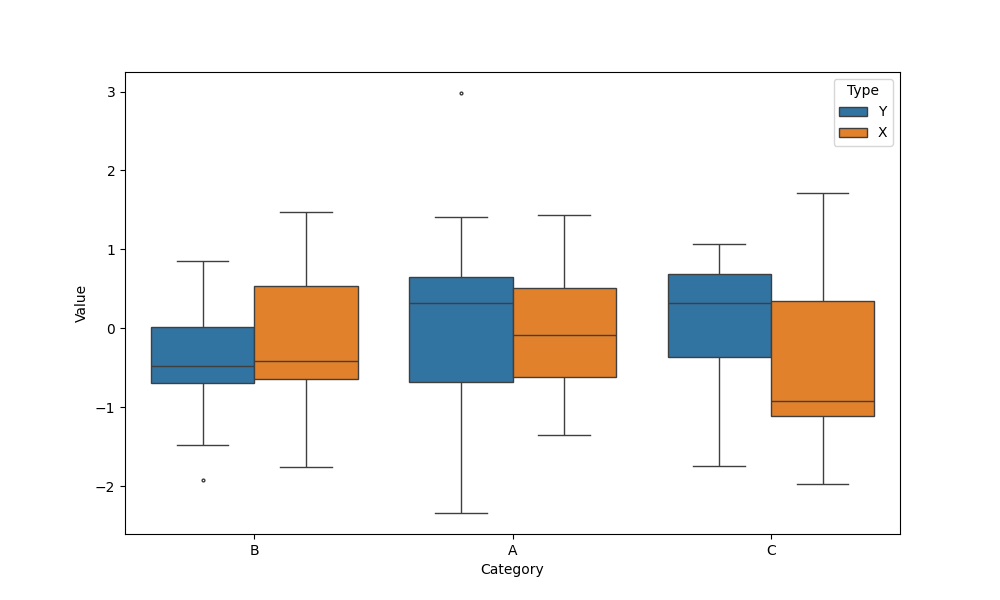
python, seaborn, boxplot, width=0.8, linewidth=1, fliersize=2, notch=False